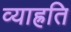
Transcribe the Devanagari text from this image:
व्याह्रति